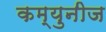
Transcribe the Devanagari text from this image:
कम्युनीज